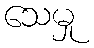
သေမှု